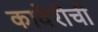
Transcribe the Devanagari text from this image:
कावेरीची